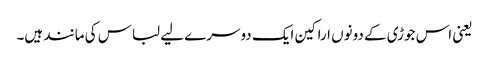
یعنی اس جوڑی کے دونوں اراکین ایک دوسرے لیے لباس کی مانند ہیں۔